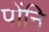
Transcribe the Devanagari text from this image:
पोंनि